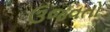
ઉજવતો